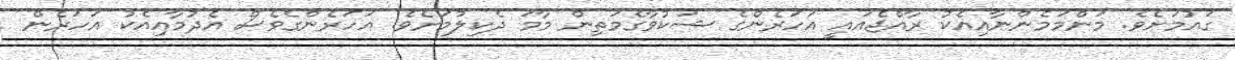
ގައުމަށެވެ. މަންމަމެންނާއިއެކު ރާއްޖެއައީ އަހަރެންގެ ޝަކުވާގެމަތިން މާމަ ދެކިލުމަށެވެ. އަހަރެންގެވެސް އެދުމާއިއެކު އަހަރެން